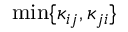
\operatorname* { m i n } \{ \kappa _ { i j } , \kappa _ { j i } \}